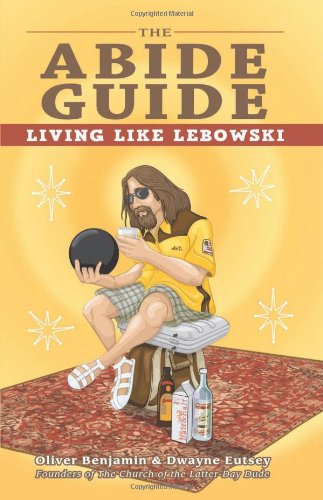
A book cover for The Abide Guide: Living Like Lebowski; Oliver Benjamin; Humor & Entertainment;